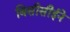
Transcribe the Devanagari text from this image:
बिसीसीईने